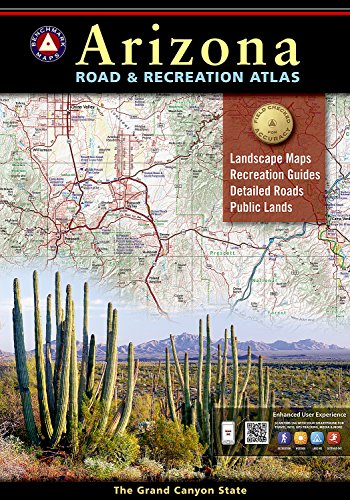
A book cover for Arizona Road and Recreation Atlas (Benchmark); Benchmark Maps; Reference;